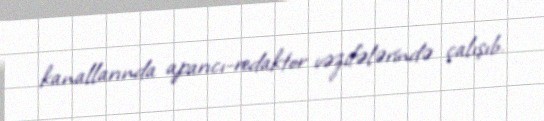
kanallarında aparıcı-redaktor vəzifələrində çalışıb.